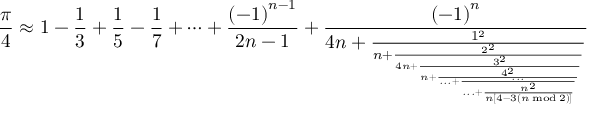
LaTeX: { \frac { \pi } { 4 } } \approx 1 - { \frac { 1 } { 3 } } + { \frac { 1 } { 5 } } - { \frac { 1 } { 7 } } + \cdots + { \frac { \left( - 1 \right) ^ { n - 1 } } { 2 n - 1 } } + { \frac { \left( - 1 \right) ^ { n } } { 4 n + { \frac { 1 ^ { 2 } } { n + { \frac { 2 ^ { 2 } } { 4 n + { \frac { 3 ^ { 2 } } { n + { \frac { 4 ^ { 2 } } { . . . + { \frac { . . . } { . . . + { \frac { n ^ { 2 } } { n \left[ 4 - 3 \left( n { \bmod { 2 } } \right) \right] } } } } } } } } } } } } } }